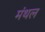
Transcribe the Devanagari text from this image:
मंथल